system: You are a helpful assistant.
user:
Analyze the provided spectrum to determine if it is a **Carbon Star (C-type)**.

- **Key Visual Indicators of Carbon Star:**
    - **(Primary):** Strong molecular absorption from **C₂ (diatomic carbon) "Swan Bands."** This is the **defining feature** of a carbon star.
        - **(Key Bandheads):** Sharp absorption edges are visible at approximately $5635$ Å, $5165$ Å (the strongest band), and $4737$ Å.
        - **(Line Profile):** Creates a distinct **"saw-tooth"** pattern. The key morphology is a sharp, steep bandhead on the **red (long-wavelength) side**, which then gradually tapers off (i.e., flux recovers) towards the **blue (short-wavelength) side**. *(This is the direct opposite of the TiO bands seen in M-type stars)*.

    - **(Secondary):** Intense **CN (cyanogen)** molecular absorption bands.
        - **(Key Bandheads):** Located in the blue and violet regions of the spectrum (e.g., near $4215$ Å and $3883$ Å).
        - **(Morphology):** These bands are extremely broad and act as a "blanket," absorbing the vast majority of blue and violet light. This creates a characteristic **"cliff"** or **"steep drop-off"** in the spectrum's flux at short wavelengths.

    - **(Key Confirmation):** Strong **CH absorption band (G-band)**.
        - **(Key Bandhead):** Located around $4300$ Å. The contribution from CH molecules to this band is exceptionally strong.

    - **(Overall Spectrum):**
        - The continuum is severely "chopped up" by these deep molecular bands, especially C₂, rather than appearing as a smooth curve.
        - Due to the heavy CN and C₂ absorption in the blue-green, the vast majority of the star's flux is concentrated in the red part of the spectrum, giving the star its characteristic deep red color.

Think first, call **spectral_visualization_tool** if needed to examine features in detail, then provide your final answer. Your response must adhere to the following strict rules:
1.  **Overall Structure:** Your response must follow the format `<think>...</think> <tool_call>...</tool_call> (if a tool is used) <answer>...</answer>`.
2.  **Tool Usage Constraint:** You may only make **one** tool call per turn.
3.  **Final Answer Format:** In the `<answer>` tag, your conclusion must be inside a `\boxed{}` command (e.g., `\boxed{YES}`), followed by your justification.

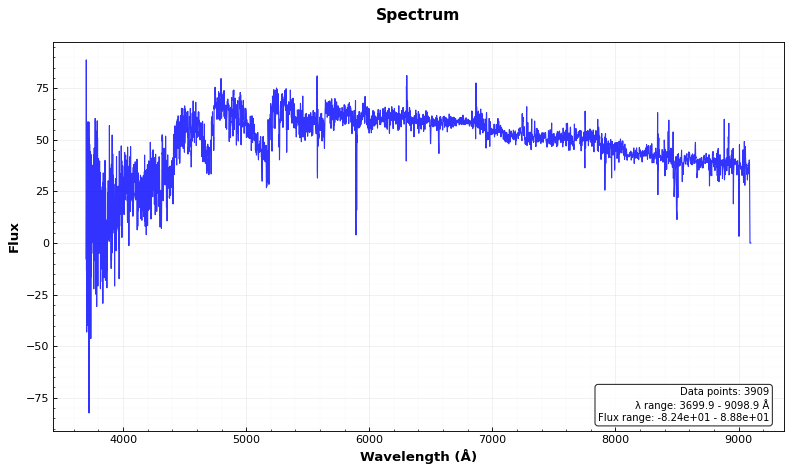
Answer: YES